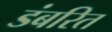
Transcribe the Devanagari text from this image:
डंबरित